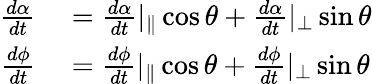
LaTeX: \begin{array}{rl}{\frac{d\alpha}{dt}}&{{}=\frac{d\alpha}{dt}|_{\parallel}\cos\theta+\frac{d\alpha}{dt}|_{\perp}\sin\theta}\\ {\frac{d\phi}{dt}}&{{}=\frac{d\phi}{dt}|_{\parallel}\cos\theta+\frac{d\phi}{dt}|_{\perp}\sin\theta}\end{array}